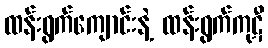
ထန်းရွက်ကျောင်းနဲ့ ထန်းရွက်ကုဋီ